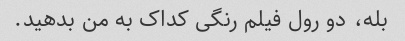
بله، دو رول فیلم رنگی کداک به من بدهید.